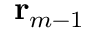
\mathbf { r } _ { m - 1 }